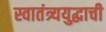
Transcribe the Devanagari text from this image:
स्वातंत्र्ययुद्धाची